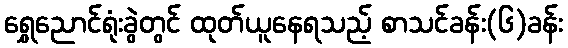
ရွှေညောင်ရုံးခွဲတွင် ထုတ်ယူနေရသည့် စာသင်ခန်း(၆)ခန်း